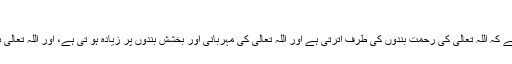
(اخرجہ البزار والبیھقی،مجمع الزوائد للھیثمی)
اللہ تعالیٰ جسمِ مادی سے پاک ہیں، اس لیے مطلب یہ ہے کہ اللہ تعالیٰ کی رحمت بندوں کی طرف اترتی ہے اور اللہ تعالیٰ کی مہربانی اور بخشش بندوں پر زیادہ ہو تی ہے، اور اللہ تعالیٰ بندوں کی دعا کو منظور اور توبہ کو قبول فرماتے ہیں۔